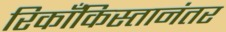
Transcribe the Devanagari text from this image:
रिकाँकिस्तानंतर